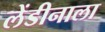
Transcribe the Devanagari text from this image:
लेंडीनाला